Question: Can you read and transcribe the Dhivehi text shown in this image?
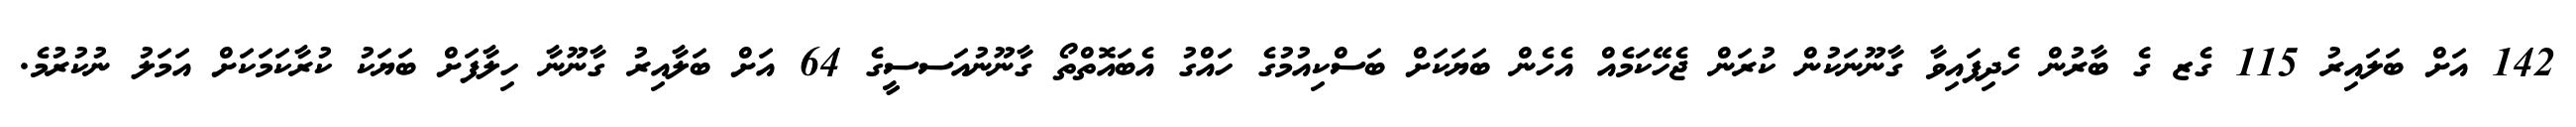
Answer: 142 އަށް ބަލައިރު 115 ގެޒ ގެ ބާރުން ހެދިފައިވާ ގާނޫނަކުން ކުރަން ޖެހޭކަމެއް އެހެން ބަޔަކަށް ބަސްކިއުމުގެ ހައްގު އެބައޮތްތޯ ގާނޫނުއަސސީގެ 64 އަށް ބަލާއިރު ގާނޫނާ ހިލާފަށް ބަޔަކު ކުރާކަމަކަށް އަމަލު ނުކުރުމެ.